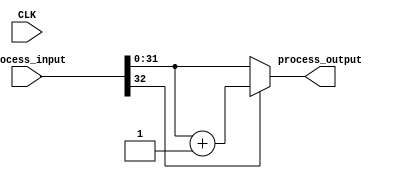
module incif_1uint32_CEnil(input CLK, input [32:0] process_input, output [31:0] process_output);
parameter INSTANCE_NAME="INST";
  wire [31:0] unnamedcast8585USEDMULTIPLEcast;assign unnamedcast8585USEDMULTIPLEcast = (process_input[31:0]); 
  assign process_output = (((process_input[32]))?({(unnamedcast8585USEDMULTIPLEcast+(32'd1))}):(unnamedcast8585USEDMULTIPLEcast));
endmodule